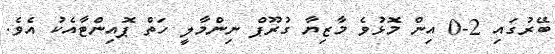
ބޭރުގައި 2-0 އިން މޮޅުވެ މާޒިޔާ ގުރޫޕް ނިންމާލީ ހަތް ޕޮއިންޓާއެކު އެވެ.